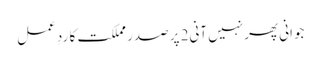
جوانی پھر نہیں آنی2 پر صدر مملکت کا ردِ عمل